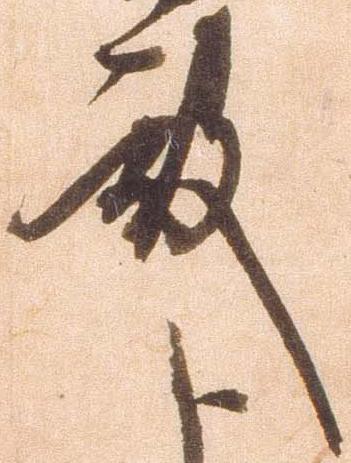
殿